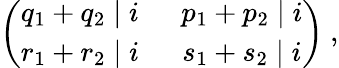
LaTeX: \left(\begin{array}{cc}{{q_{1}+q_{2}\mid i}}&{{~~p_{1}+p_{2}\mid i}}\\ {{r_{1}+r_{2}\mid i}}&{{~~s_{1}+s_{2}\mid i}}\end{array}\right)~,